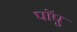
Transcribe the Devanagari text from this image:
पॉपु